Lunatic asylums Burma 1907-21 - 1907-1921
Year: 1907
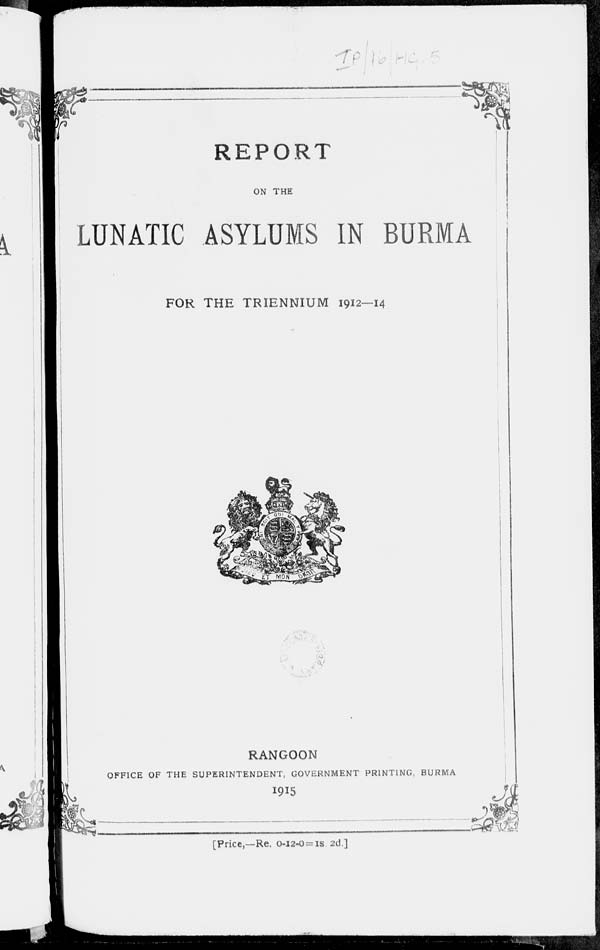
REPORT
ON THE
LUNATIC ASYLUMS IN BURMA
FOR THE TRIENNIUM 1912-14
RANGOON
OFFICE OF THE SUPERINTENDENT, GOVERNMENT PRINTING, BURMA
1915
[Price,- Re. 0-12-0= 1S 2d]